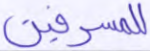
للمسرفين